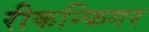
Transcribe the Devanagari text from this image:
रीकन्फिगर